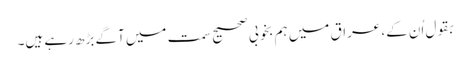
بقول اُن کے، عراق میں ہم بخوبی صحیح سمت میں آگے بڑھ رہے ہیں۔